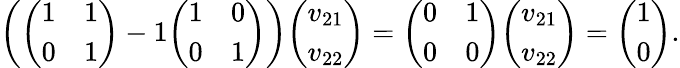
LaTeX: \left({\left(\begin{array}{ll}{1}&{1}\\ {0}&{1}\end{array}\right)}-1{\left(\begin{array}{ll}{1}&{0}\\ {0}&{1}\end{array}\right)}\right){\left(\begin{array}{l}{v_{21}}\\ {v_{22}}\end{array}\right)}={\left(\begin{array}{ll}{0}&{1}\\ {0}&{0}\end{array}\right)}{\left(\begin{array}{l}{v_{21}}\\ {v_{22}}\end{array}\right)}={\left(\begin{array}{l}{1}\\ {0}\end{array}\right)}.